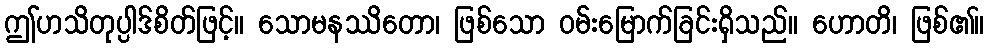
ဤဟသိတုပ္ပါဒ်စိတ်ဖြင့်။ သောမနဿိတော၊ ဖြစ်သော ဝမ်းမြောက်ခြင်းရှိသည်။ ဟောတိ၊ ဖြစ်၏။